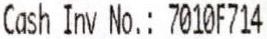
CASH INV NO.: 7010F714